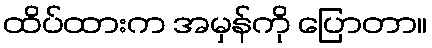
ထိပ်ထားက အမှန်ကို ပြောတာ။